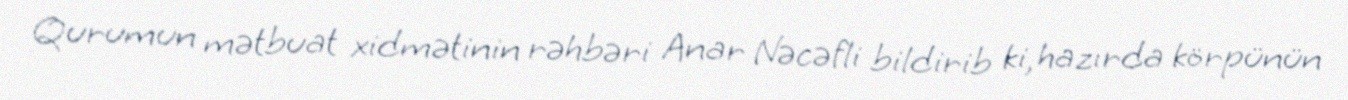
Qurumun mətbuat xidmətinin rəhbəri Anar Nəcəfli bildirib ki, hazırda körpünün